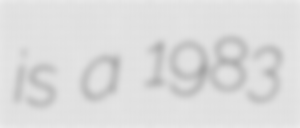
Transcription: is a 1983